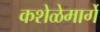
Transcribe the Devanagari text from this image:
कशेळेमार्गे